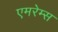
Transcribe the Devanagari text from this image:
एमरेम्स